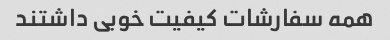
همه سفارشات کیفیت خوبی داشتند